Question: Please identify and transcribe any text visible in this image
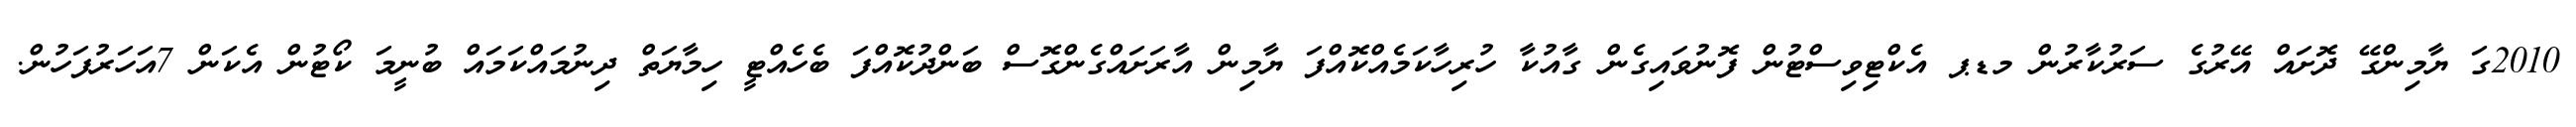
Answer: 2010ގަ ޔާމިންގޭ ދޮށައް އޭރުގެ ސަރުކާރުން މޑޕ އެކްޓިވިސްޓުން ފޮނުވައިގެން ގާއުކާ ހުރިހާކަމެއްކޮއްފަ ޔާމިން އާރަށައްގެންގޮސް ބަންދުކޮއްފަ ބެހެއްޓީ ހިމާޔަތް ދިނުމައްކަމައް ބުނީމަ ކޯޓުން އެކަން 7އަހަރުފަހުން.